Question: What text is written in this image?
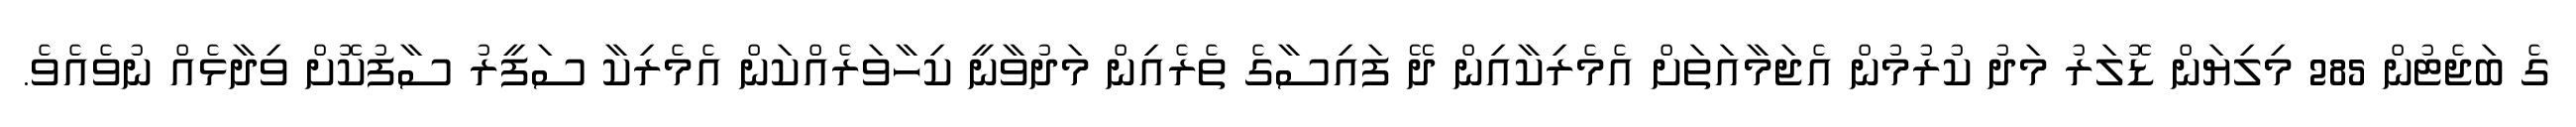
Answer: ގެ ބަޖެޓުން 285 މިލިޔަން ޑޮލަރު މަދު ކުރުމުން އެޖަމާއަތަށް އެމެރިކާއިން ދޭ ފައިސާގެ ތެރެއިން މަދުވާނީ ކިހާވަރެއްކަން އެމެރިކާ ސަފީރު ސާފުކޮށް ވިދާޅެއް ނުވެއެވެ.